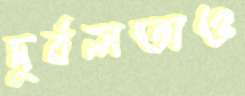
দুর্বলতাও